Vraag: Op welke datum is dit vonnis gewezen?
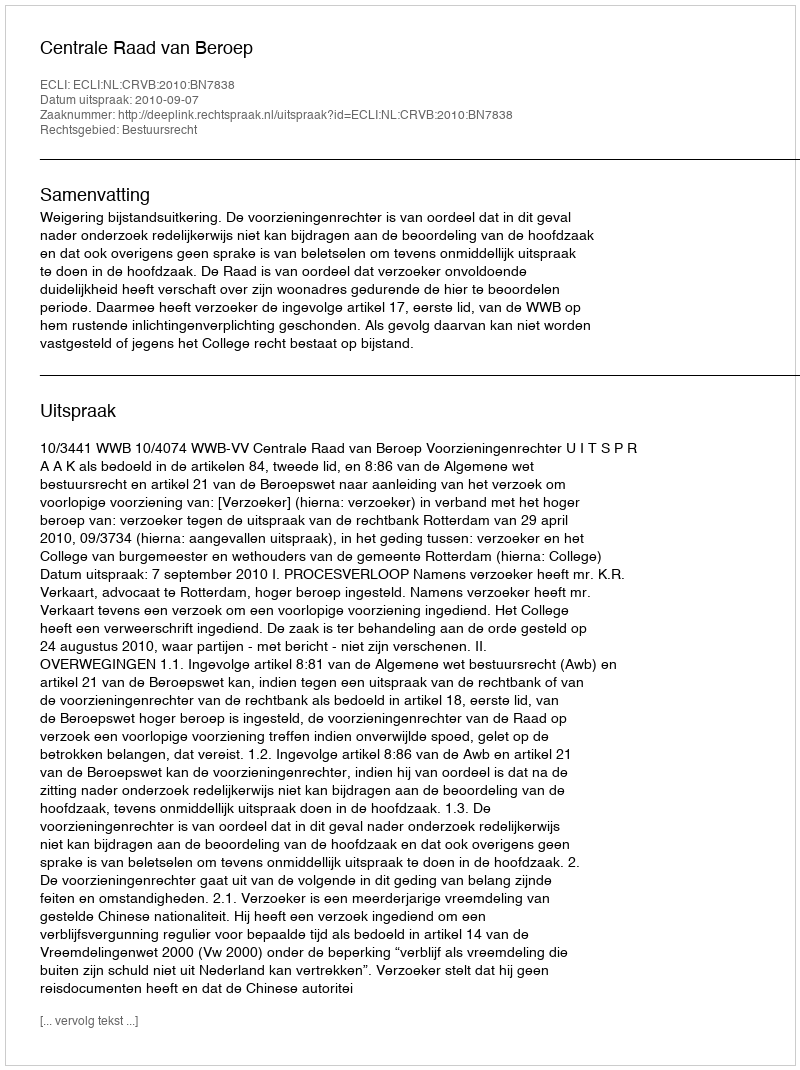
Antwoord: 2010-09-07